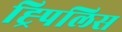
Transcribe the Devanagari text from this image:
ह्र्पिलिस